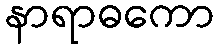
နာရာဓကော